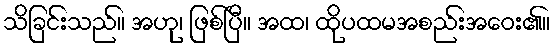
သိခြင်းသည်။ အဟု၊ ဖြစ်ပြီ။ အထ၊ ထိုပထမအစည်းအဝေး၏။